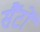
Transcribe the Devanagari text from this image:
सैंटों